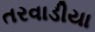
તરવાડીયા